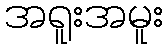
အရူးအမူး